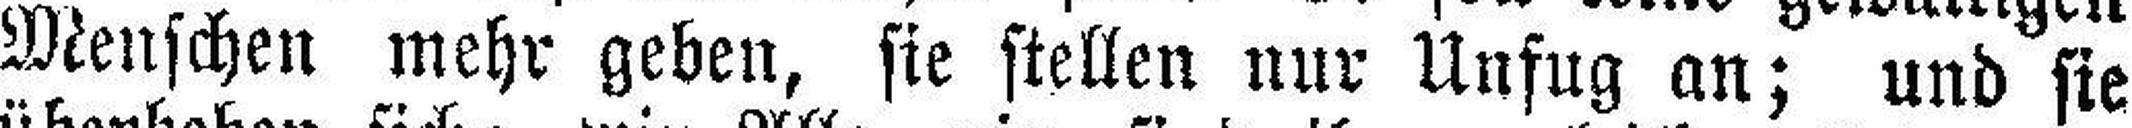
Menschen mehr geben, sie stellen nur Unfug an; und sie